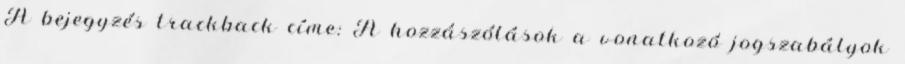
A bejegyzés trackback címe: A hozzászólások a vonatkozó jogszabályok